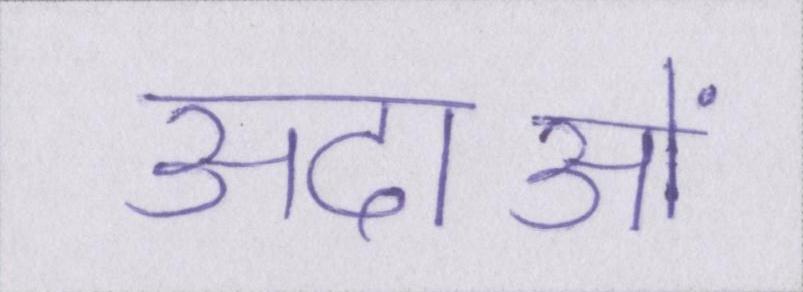
अदाओं